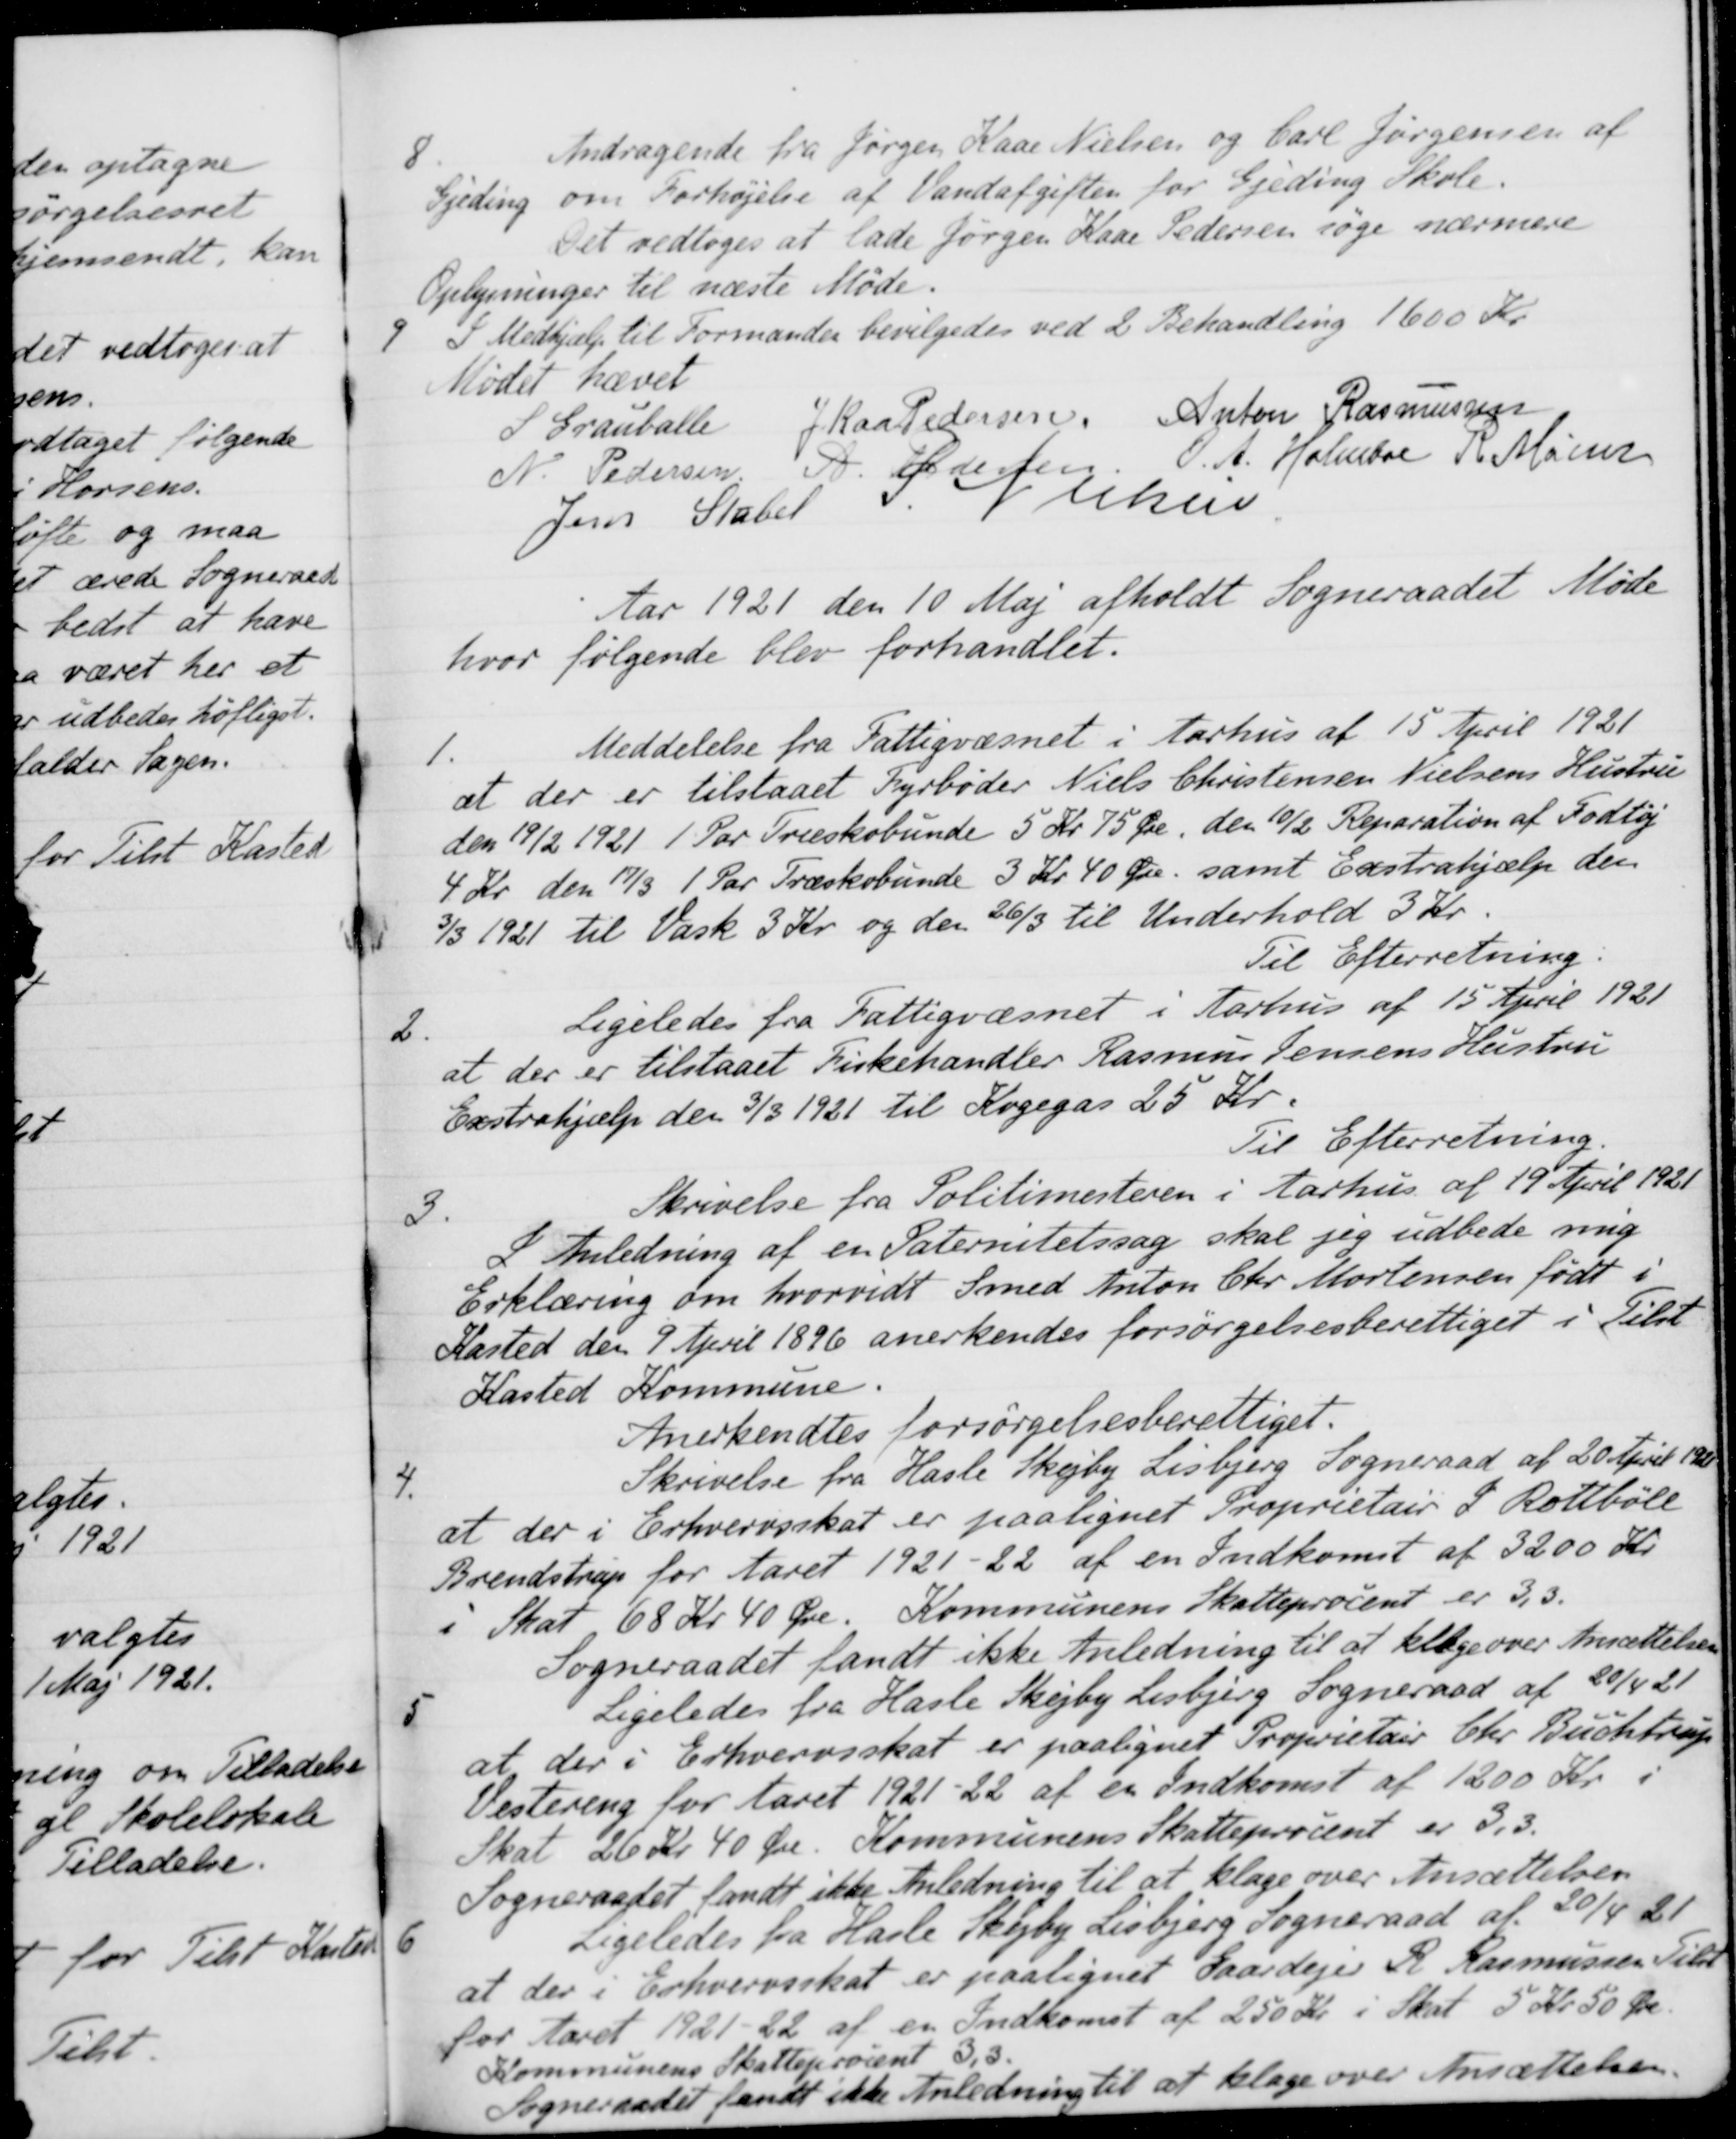
Transskription:
8
Andragende fra Jørgen Kaae Nielsen og Carl Jørgensen af
Gjeding om Forhøjelse af Vandafgiften for Gjeding Skole.
Det vedtoges at lade Jørgen Kaae Pedersen søge nærmere
Oplysninger til næste Møde.
9
I Medhjælp til Formanden bevilgedes ved 2 Behandling 1600 Kr.
Mødet hævet
S Grauballe
J Kaa Pedersen
Anton Rasmussen
N. Pedersen
A. Pedersen
O. A. Holmboe
R. Mainz
Jens Stabel
S Nielsen
Aar 1921 den 10 Maj afholdt Sogneraadet Møde
hvor følgende blev forhandlet.
1.
Meddelelse fra Fattigvæsnet i Aarhus af 15 April 1921
at der er tilstaaet Fyrbøder Niels Christensen Nielsens Hustru
den 19/2 1921 1 Par Træskobunde 5 Kr 75 Øre, den 10/2 Reparation af Fodtøj
4 Kr den 17/3 1 Par Træskobunde 3 Kr. 40 Øre, samt Exstrahjælp den
3/3 1921 til Vask 3 Kr. og den 26/3 til Underhold 3 Kr.
Til Efterretning.
2.
Ligeledes fra Fattigvæsnet i Aarhus af 15 April 1921
at der er tilstaaet Fiskehandler Rasmus Jensens Hustru
Exstrahjælp den 3/3 1921 til Kogegas 25 Kr.
Til Efterretning.
3.
Skrivelse fra Politimesteren i Aarhus af 19' April 1921
I Anledning af en Paternitetssag skal jeg udbede mig
Erklæring om hvorvidt Smed Anton Chr. Mortensen født i
Kasted den 9 April 1896 anerkendes forsørgelsesberettiget i Tilst
Kasted Kommune.
Anerkendtes forsørgelsesberettiget.
4.
Skrivelse fra Hasle Skejby Lisbjerg Sogneraad af 20 April 1921
at der i Erhvervsskat er paalignet Proprietair J Rottbøll
Brendstrup for Aaret 1921-22 af en Indkomst af 3200 Kr.
i Skat 68 Kr 40 Øre. Kommunens Skatteprocent er 3,3.
Sogneraadet fandt ikke Anledning til at klage over Ansættelsen
5
Ligeledes fra Hasle Skejby Lisbjerg Sogneraad af 20/4 21
at der i Erhvervsskat er paalignet Proprietair Chr. Buchtrup
Vestereng for Aaret 1921-22 af en Indkomst af 1200 Kr. i
Skat 26 Kr 40 Øre. Kommunens Skatteprocent er 3,3.
Sogneraadet fandt ikke Anledning til at klage over Ansættelsen
6
Ligeledes fra Hasle Skejby Lisbjerg Sogneraad af 20/4 21
at der i Erhvervsskat er paalignet Gaardejer R. Rasmussen Tilst
for Aaret 1921-22 af en Indkomst af 250 Kr. i Skat 5 Kr. 50 Øre.
Kommunens Skatteprocent 3,3.
Sogneraadet sendt ikke Anledning til at klage over Ansættelsen.